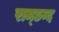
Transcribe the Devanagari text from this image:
राम्छन्द